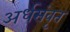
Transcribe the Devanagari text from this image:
अर्धसंवृत